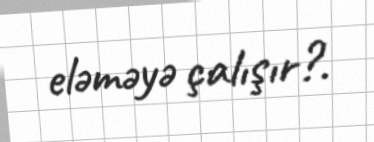
eləməyə çalışır?.